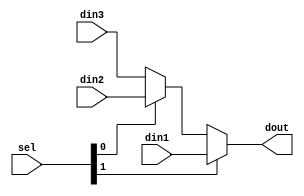
`timescale 1ns / 1ps
//////////////////////////////////////////////////////////////////////////////////
// Company: 
// Engineer: 
// 
// Design Name: 
// Module Name: mux
// Project Name: 
// Target Devices: 
// Tool Versions: 
// Description: 
// 
// Dependencies: 
// 
// Revision:
// Revision 0.01 - File Created
// Additional Comments:
// 
//////////////////////////////////////////////////////////////////////////////////



module mux3_1(
	input [31:0]din1,
	input [31:0]din2,
	input [31:0]din3,
	input [1:0]sel,
	output [31:0]dout
    );
	
	assign dout=sel[1] ? din1 : sel[0] ? din2 : din3 ;

endmodule